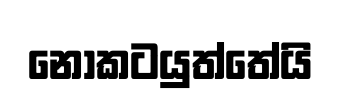
නොකටයුත්තේයි